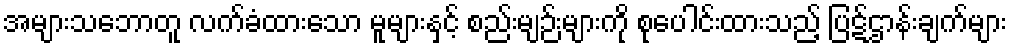
အများသဘောတူ လက်ခံထားသော မူများနှင့် စည်းမျဉ်းများကို စုပေါင်းထားသည့် ပြဋ်ဌာန်းချက်များ